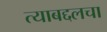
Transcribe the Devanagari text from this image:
त्याबद्दलचा